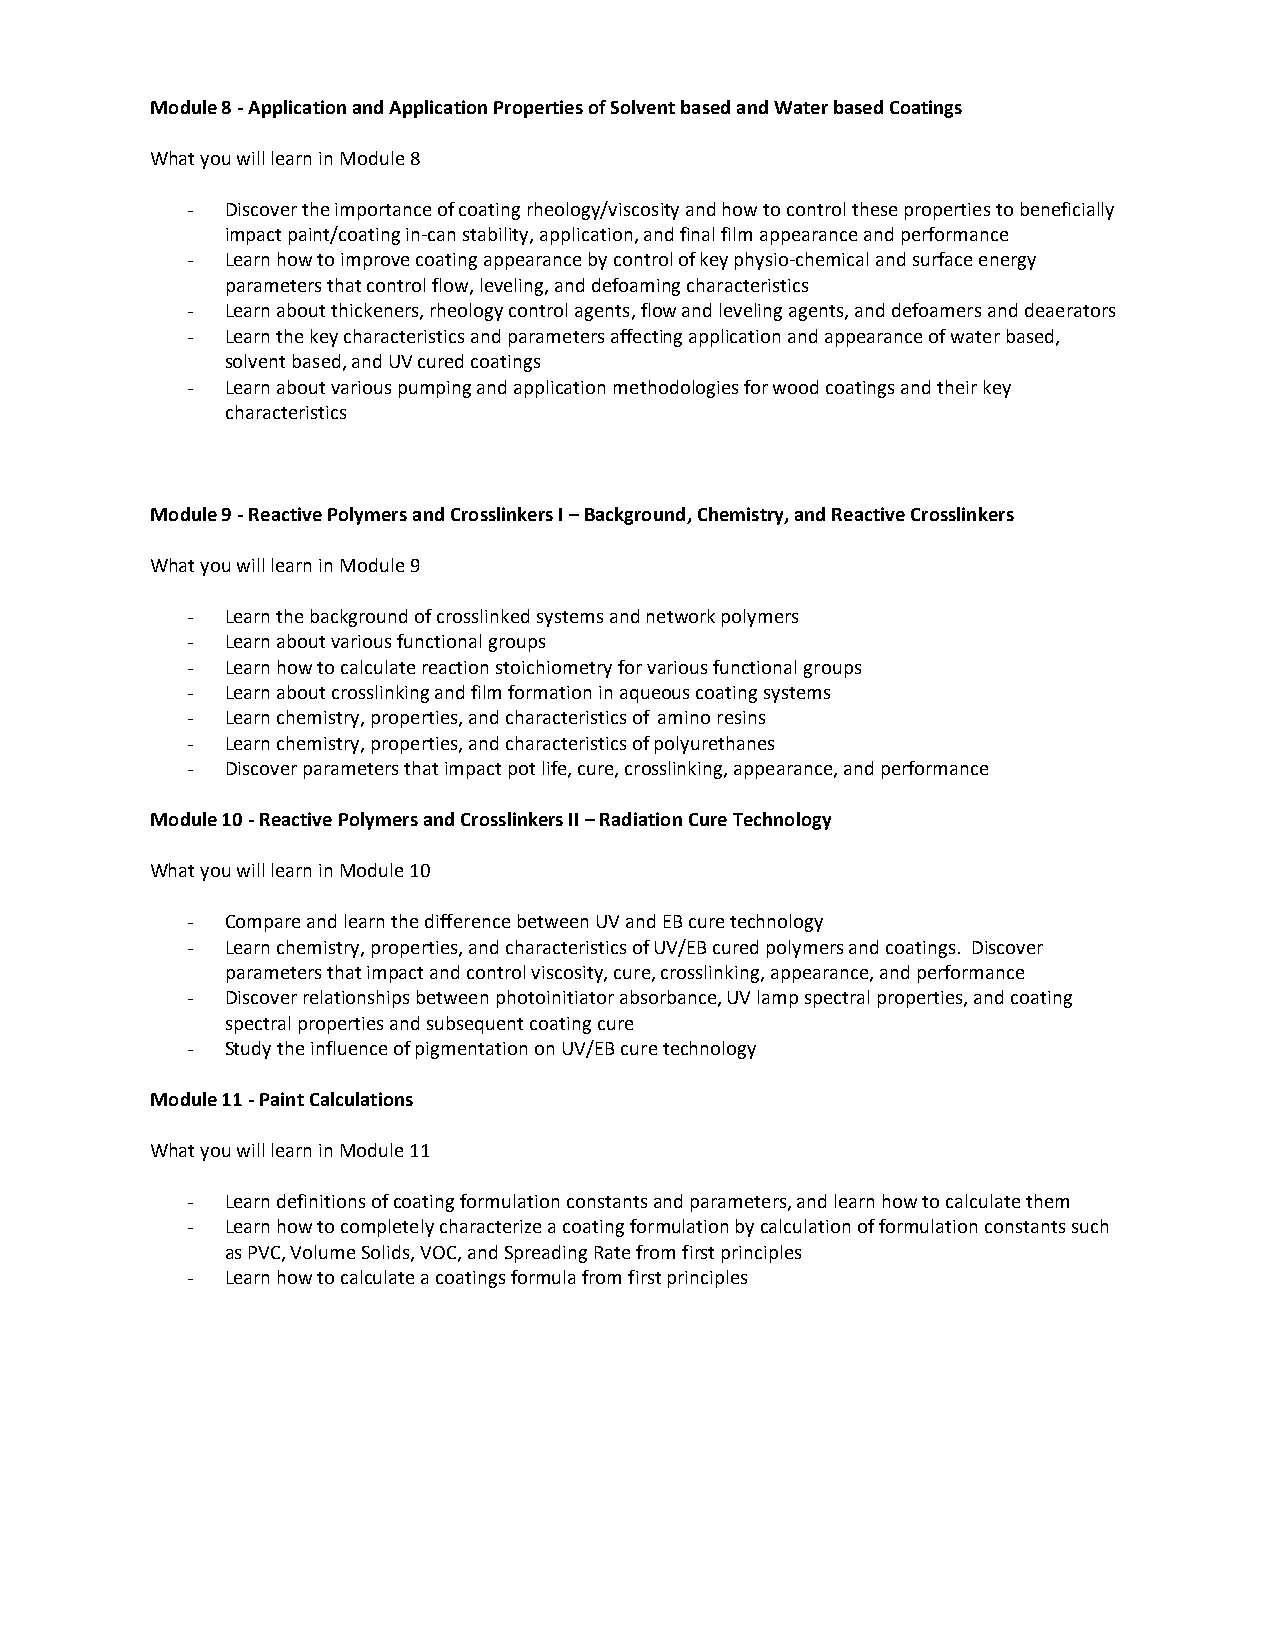
Module 8 - Application and Application Properties of Solvent based and Water based Coatings
 What you will learn in Module 8
 -  Discover the importance of coating rheology/viscosity and how to control these properties to beneficially
 impact paint/coating in-can stability, application, and final film appearance and performance
 -  Learn how to improve coating appearance by control of key physio-chemical and surface energy
 parameters that control flow, leveling, and defoaming characteristics
 -  Learn about thickeners, rheology control agents, flow and leveling agents, and defoamers and deaerators
 -  Learn the key characteristics and parameters affecting application and appearance of water based,
 solvent based, and UV cured coatings
 -  Learn about various pumping and application methodologies for wood coatings and their key
 characteristics
 Module 9 - Reactive Polymers and Crosslinkers I – Background, Chemistry, and Reactive Crosslinkers
 What you will learn in Module 9
 -  Learn the background of crosslinked systems and network polymers
 -  Learn about various functional groups
 -  Learn how to calculate reaction stoichiometry for various functional groups
 -  Learn about crosslinking and film formation in aqueous coating systems
 -  Learn chemistry, properties, and characteristics of amino resins
 -  Learn chemistry, properties, and characteristics of polyurethanes
 -  Discover parameters that impact pot life, cure, crosslinking, appearance, and performance
 Module 10 - Reactive Polymers and Crosslinkers II – Radiation Cure Technology
 What you will learn in Module 10
 -  Compare and learn the difference between UV and EB cure technology
 -  Learn chemistry, properties, and characteristics of UV/EB cured polymers and coatings. Discover
 parameters that impact and control viscosity, cure, crosslinking, appearance, and performance
 -  Discover relationships between photoinitiator absorbance, UV lamp spectral properties, and coating
 spectral properties and subsequent coating cure
 -  Study the influence of pigmentation on UV/EB cure technology
 Module 11 - Paint Calculations
 What you will learn in Module 11
 -  Learn definitions of coating formulation constants and parameters, and learn how to calculate them
 -  Learn how to completely characterize a coating formulation by calculation of formulation constants such
 as PVC, Volume Solids, VOC, and Spreading Rate from first principles
 -  Learn how to calculate a coatings formula from first principles